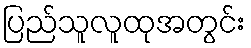
ပြည်သူလူထုအတွင်း